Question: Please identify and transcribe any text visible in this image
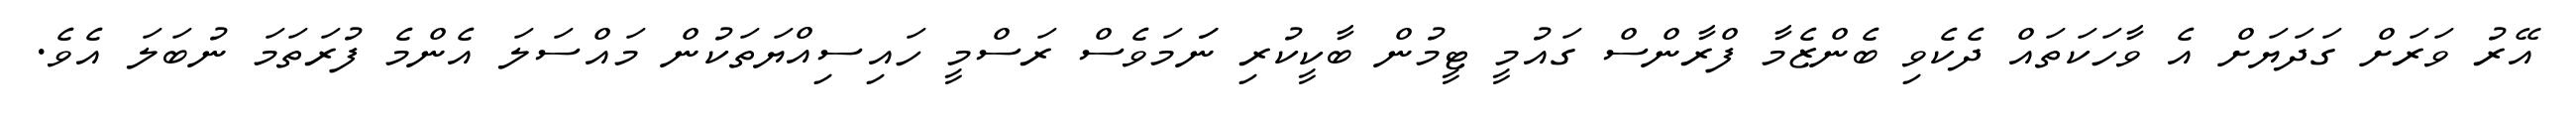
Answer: އޭރު ވަރަށް ގަދަޔަށް އެ ވާހަކަތައް ދެކެވި ބެންޒެމާ ފްރާންސް ގައުމީ ޓީމުން ބާކީކުރި ނަަމަވެސް ރަސްމީ ހައިސިއްޔަތަކުން މައްސަލަ އެންމެ ފުރަތަމަ ނުބަލަ އެވެ.